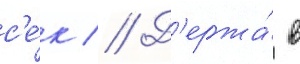
с'е́к // Д'ержа́ в